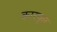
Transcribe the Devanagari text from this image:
कारपूल